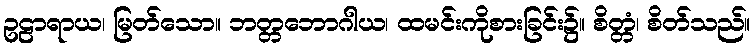
ဥဠာရာယ၊ မြတ်သော။ ဘတ္တဘောဂါယ၊ ထမင်းကိုစားခြင်း၌။ စိတ္တံ၊ စိတ်သည်။